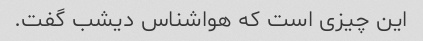
این چیزی است که هواشناس دیشب گفت.